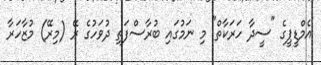
އެމްޑީޕީގެ "ސީދާ ހަރަކާތް" މި ނަމުގައި ބުރާސްފަތި ދުވަހުގެ ރޭ (މިރޭ) މުޒާހަރާ